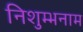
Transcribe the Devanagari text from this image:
निशुम्भनाम